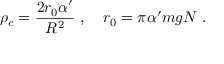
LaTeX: \rho _ { c } = { \frac { 2 r _ { 0 } \alpha ^ { \prime } } { R ^ { 2 } } } \ , \quad r _ { 0 } = \pi \alpha ^ { \prime } m g N \ .